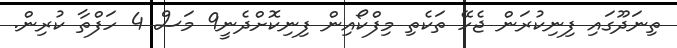
ތިނަދޫގައި ފިނިކުރަން ޖެހޭ ތަކެތި މިފްކޯއިން ފިނިކޮށްދެނީ9 މަސް 4 ހަފްތާ ކުރިން.